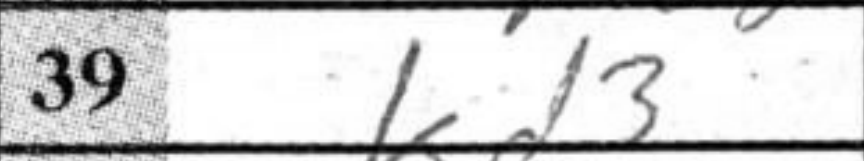
Transcription: Kd3